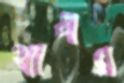
থাপ্পর